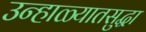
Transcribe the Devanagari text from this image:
उन्हाळ्यातसुद्धा